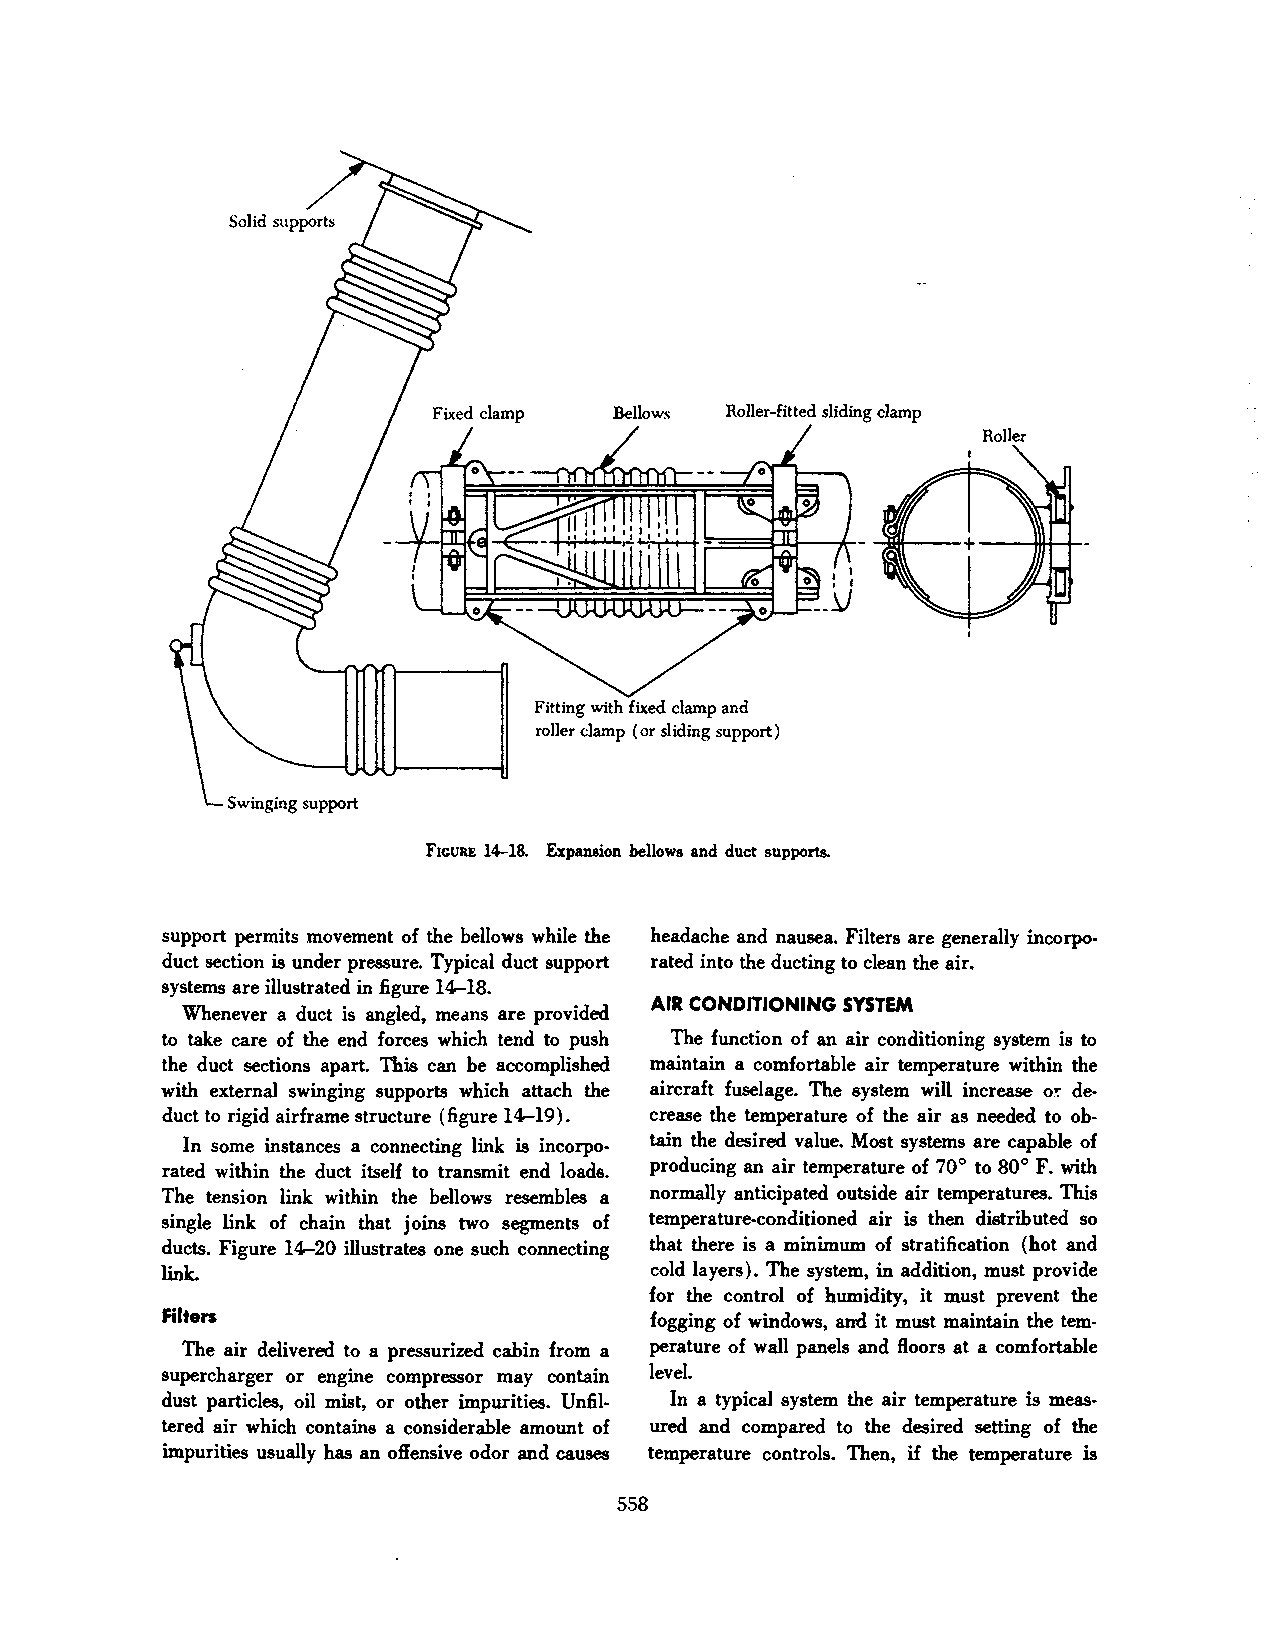
Fixed clamp Bellows Roller-fitted sliding clamp
 Fitting with fixed clamp and
 roller clamp (or sliding support)
 FIGURE 14--18. Expansion bellows and duct supports.
 support permits movement of the bellows while the headache and nausea. Filters are generally incorpo
 duct section is under pressure. Typical duct support rated into the ducting to clean the air.
 systems are illustrated in figure 1~18.
 AIR CONDITIONING SYSTEM
 Whenever a duct is angled, medns are provided
 to take care of the end forces which tend to push The function of an air conditioning system is to
 the duct sections apart. This can be accomplished maintain a comfortable air temperature within the
 with external swinging supports which attach the aircraft fuselage. The system will increase o! de
 duct to rigid airframe structure (figure 1~19). crease the temperature of the air as needed to ob
 In some instances a connecting link is incorpo tain the desired value. Most systems are capable of
 rated within the duct itself to transmit end loads. producing an air temperature of 70° to 80° F. with
 The tension link within the bellows resembles a normally anticipated outside air temperatures. This
 single link of chain that joins two segments of temperature-conditioned air is then distributed so
 ducts. Figure 1~20 illustrates one such connecting that there is a minimum of stratification (hot and
 link.                            cold layers). The system, in addition, must provide
 for the control of humidity, it must prevent the
 Filters                         fogging of windows, and it must maintain the tem
 The air delivered to a pressurized cabin from a perature of wall panels and floors at a comfortable
 supercharger or engine compressor may contain level.
 dust particles, oil mist, or other impurities. Unfil In a typical system the air temperature is meas
 tered air which contains a considerable amount of ured and compared to the desired setting of the
 impurities usually has an offensive odor and causes temperature controls. Then, if the temperature is
 558